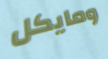
ومايكل